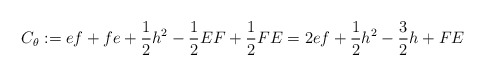
\begin{align*}C_\theta:=ef+fe+\frac{1}{2}h^2-\frac{1}{2}EF+\frac{1}{2}FE=2ef+\frac{1}{2}h^2-\frac{3}{2}h+FE\end{align*}